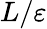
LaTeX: L/\varepsilon